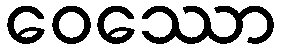
ဝေဿော